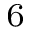
_ { 6 }